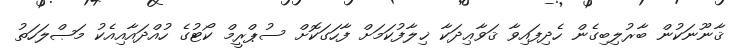
ޤާނޫނަކުން ބާރުލިބިގެން ހެދިފައިވާ ޤަވާޢިދަކާ ޚިލާފުކަމަށް ފާހަގަކޮށް ސުޕްރީމް ކޯޓުގެ ހުއްދައާއިއެކު މަޞްލަހަތު